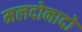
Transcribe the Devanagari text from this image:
मलदोनादो